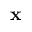
\mathbf { x }